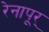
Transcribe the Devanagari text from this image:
रेनापूर्